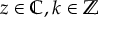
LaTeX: z \in \mathbb { C } , k \in \mathbb { Z }